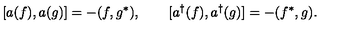
[ a ( f ) , a ( g ) ] = - ( f , g ^ { * } ) , \qquad [ a ^ { \dagger } ( f ) , a ^ { \dagger } ( g ) ] = - ( f ^ { * } , g ) .